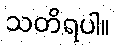
သတိရပါ။